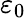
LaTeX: \varepsilon_{0}